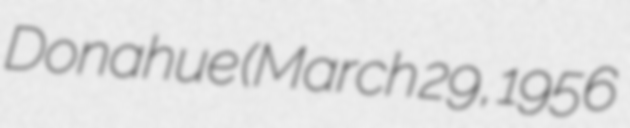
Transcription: Donahue (March 29, 1956